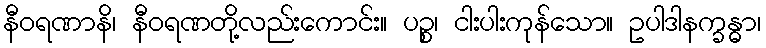
နီဝရဏာနိ၊ နီဝရဏတို့လည်းကောင်း။ ပဉ္စ၊ ငါးပါးကုန်သော။ ဥပါဒါနက္ခန္ဓာ၊